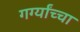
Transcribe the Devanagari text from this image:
गर्ग्यांच्चा